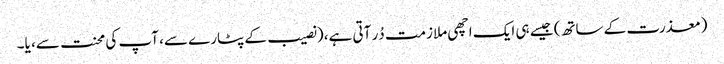
(معذرت کے ساتھ) جیسے ہی ایک اچھی ملازمت دُر آتی ہے، (نصیب کے پٹارے سے، آپ کی محنت سے، یا۔